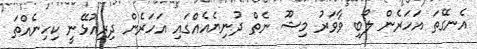
އެނގޭތަ އަހަރެން ލޯބި ވާވަރު މިޝޫ ނެތް ދުނިޔެއެއްގައި އަހަރެން ދިރިއުޅޭނީ ކިހިނެއްތަ